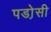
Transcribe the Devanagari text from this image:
पडो़सी